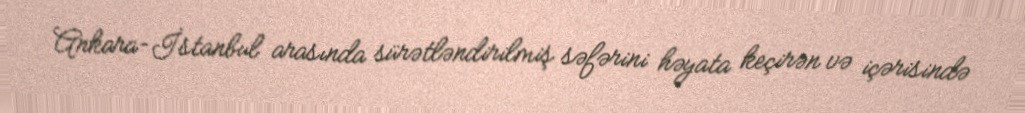
Ankara-İstanbul arasında sürətləndirilmiş səfərini həyata keçirən və içərisində